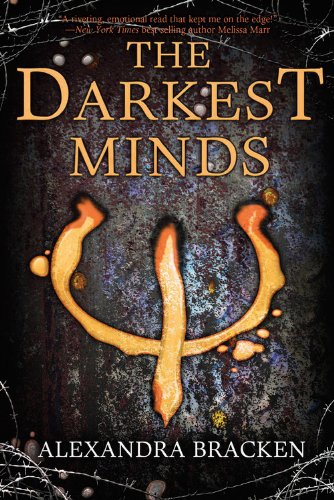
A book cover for The Darkest Minds (A Darkest Minds Novel); Alexandra Bracken; Teen & Young Adult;